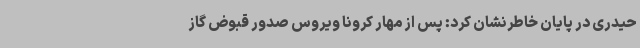
حیدری در پایان خاطرنشان کرد: پس از مهار کرونا ویروس صدور قبوض گاز